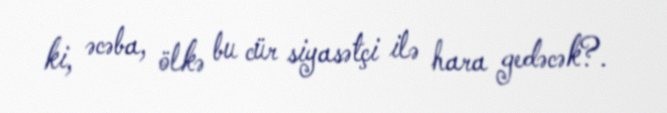
ki, əcəba, ölkə bu cür siyasətçi ilə hara gedəcək?.